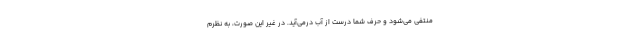
منتفی می‌شود و حرف شما درست از آب درمی‌آید. در غیر این صورت، به نظرم